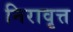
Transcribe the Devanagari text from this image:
निरावृत्त